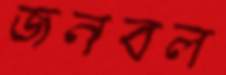
জনবল